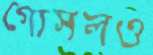
গোসলও